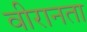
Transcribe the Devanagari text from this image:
वीरानता